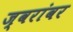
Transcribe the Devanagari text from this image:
ज्वरांवर